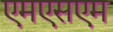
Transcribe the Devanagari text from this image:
एमएसएम